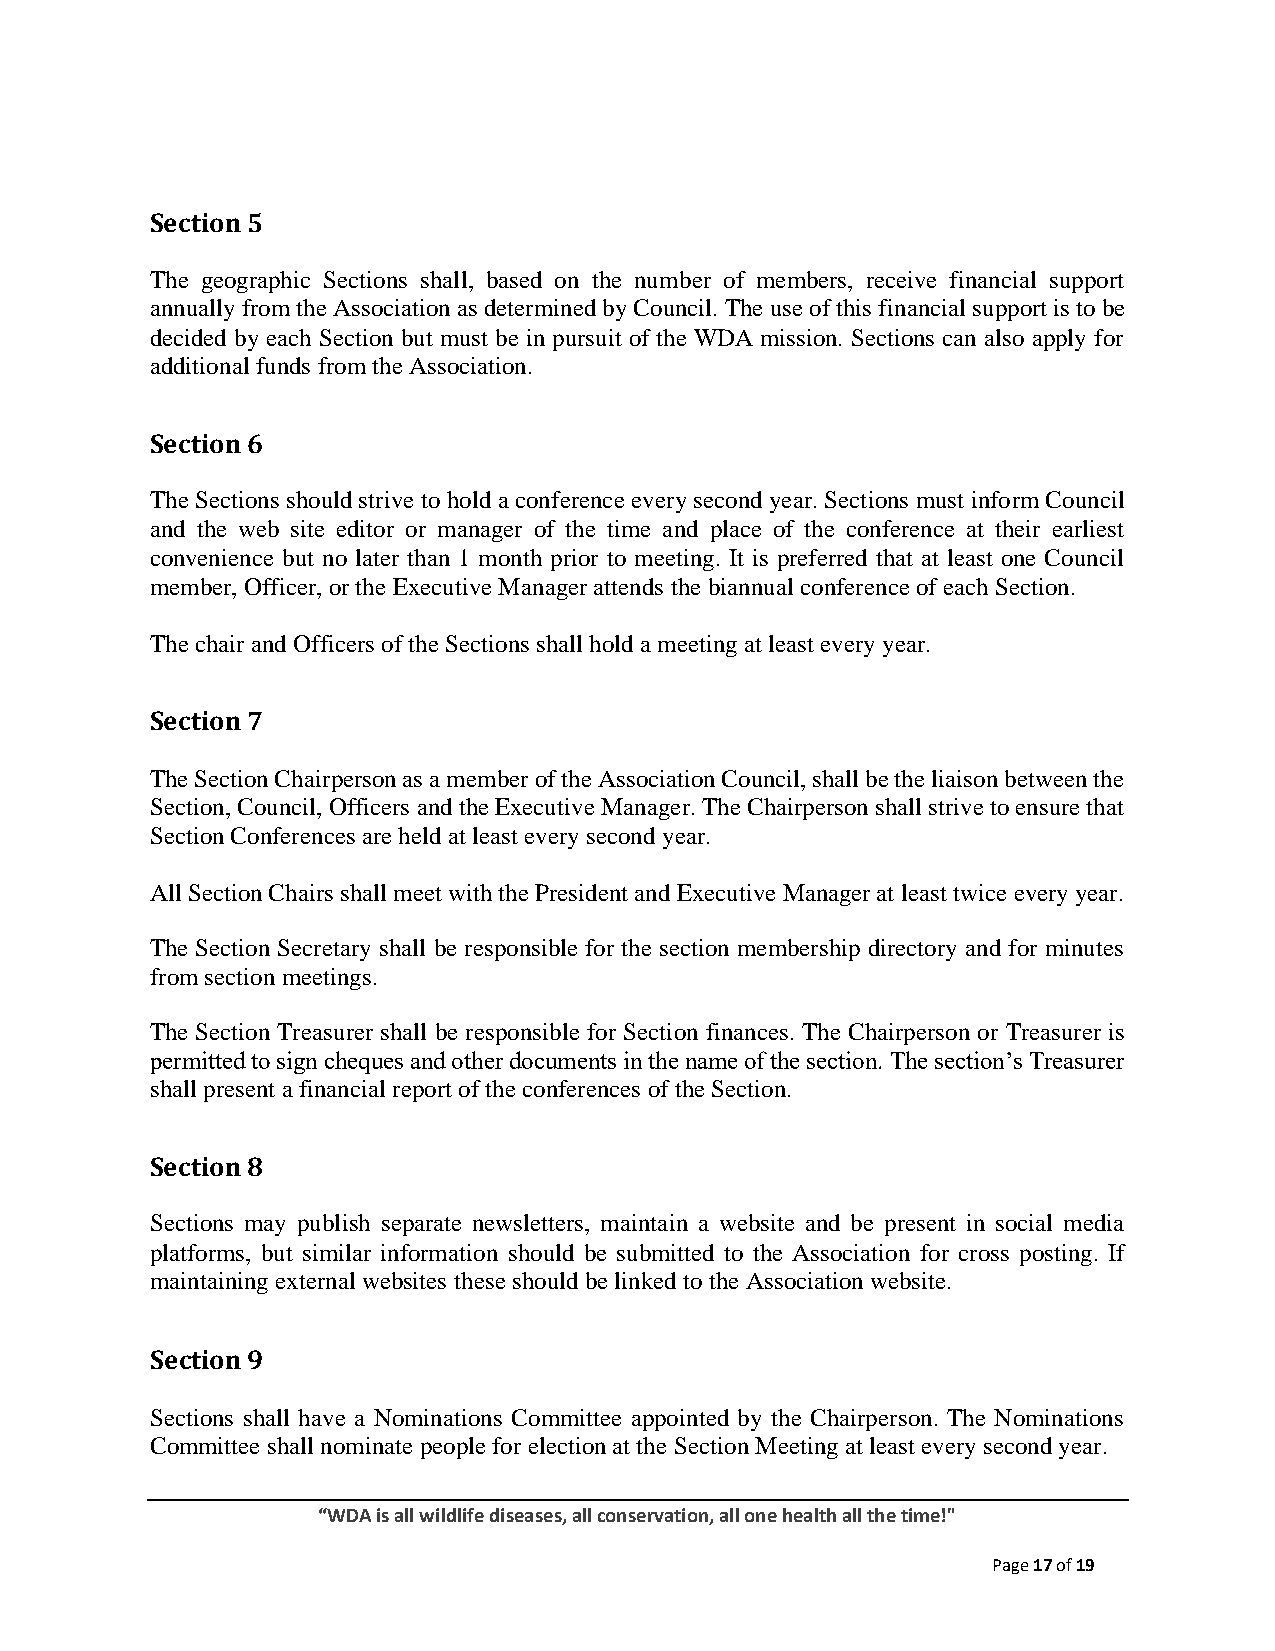
Section 5
 The geographic Sections shall, based on the number of members, receive financial support
 annually from the Association as determined by Council. The use of this financial support is to be
 decided by each Section but must be in pursuit of the WDA mission. Sections can also apply for
 additional funds from the Association.
 Section 6
 The Sections should strive to hold a conference every second year. Sections must inform Council
 and the web site editor or manager of the time and place of the conference at their earliest
 convenience but no later than 1 month prior to meeting. It is preferred that at least one Council
 member, Officer, or the Executive Manager attends the biannual conference of each Section.
 The chair and Officers of the Sections shall hold a meeting at least every year.
 Section 7
 The Section Chairperson as a member of the Association Council, shall be the liaison between the
 Section, Council, Officers and the Executive Manager. The Chairperson shall strive to ensure that
 Section Conferences are held at least every second year.
 All Section Chairs shall meet with the President and Executive Manager at least twice every year.
 The Section Secretary shall be responsible for the section membership directory and for minutes
 from section meetings.
 The Section Treasurer shall be responsible for Section finances. The Chairperson or Treasurer is
 permitted to sign cheques and other documents in the name of the section. The section’s Treasurer
 shall present a financial report of the conferences of the Section.
 Section 8
 Sections may publish separate newsletters, maintain a website and be present in social media
 platforms, but similar information should be submitted to the Association for cross posting. If
 maintaining external websites these should be linked to the Association website.
 Section 9
 Sections shall have a Nominations Committee appointed by the Chairperson. The Nominations
 Committee shall nominate people for election at the Section Meeting at least every second year.
 “WDA is all wildlife diseases, all conservation, all one health all the time!"
 Page 17 of 19